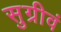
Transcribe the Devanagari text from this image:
सुग्रीवं